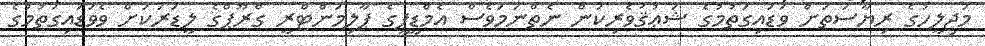
މަޖިލީހުގެ ރިޔާސަތަށް ވަޑައިގަތުމުގެ ޝަޢުޤުވެރިކަން ނެތްނަމަވެސް އެމްޑީޕީގެ ޕާލިމަންޓްރީ ގްރޫޕްގެ ލީޑަރަކަށް ވެވަޑައިގަތުމުގެ